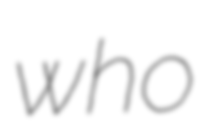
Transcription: who